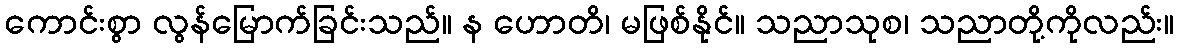
ကောင်းစွာ လွန်မြောက်ခြင်းသည်။ န ဟောတိ၊ မဖြစ်နိုင်။ သညာသုစ၊ သညာတို့ကိုလည်း။